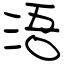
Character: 浯